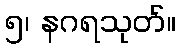
၅၊ နဂရသုတ်။